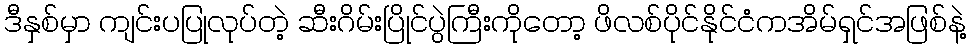
ဒီနှစ်မှာ ကျင်းပပြုလုပ်တဲ့ ဆီးဂိမ်းပြိုင်ပွဲကြီးကိုတော့ ဖိလစ်ပိုင်နိုင်ငံကအိမ်ရှင်အဖြစ်နဲ့